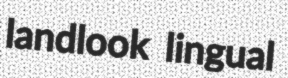
landlook lingual